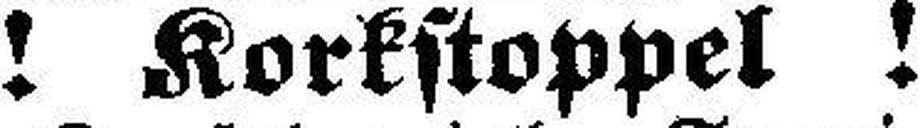
! Korkstoppel !